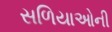
સળિયાઓની